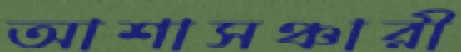
আশাসঞ্চারী